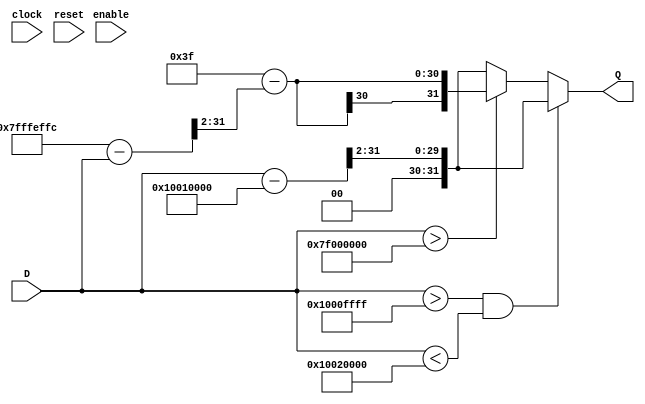
module memoryAddress_decode #(parameter LENGTH = 32)(
	input clock,reset,enable,
	input [LENGTH-1:0]D,
	output reg [LENGTH-1:0]Q
	);

initial 
	begin
		Q <= 32'h00000000;
	end
	
always @*
//	begin
//		if(reset) 
//            Q <= 32'h00000000;
//        else
//			if(enable)
			if(D > 'h1000FFFF & D < 'h10020000)
				Q <= ((D - 'h10010000) >> 2);
			else if(D > 'h7F000000)
				Q <= 'h3F - (('h7FFFEFFC - D) >> 2);
			else
				Q <= ((D - 'h10010000) >> 2);
//				else
//					Q <= Q;
//	end

endmodule